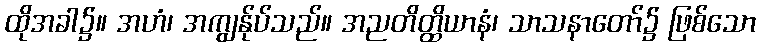
ထိုအခါ၌။ အဟံ၊ အကျွန်ုပ်သည်။ အညတိတ္ထိယာနံ၊ သာသနာတော်၌ ဖြစ်သော